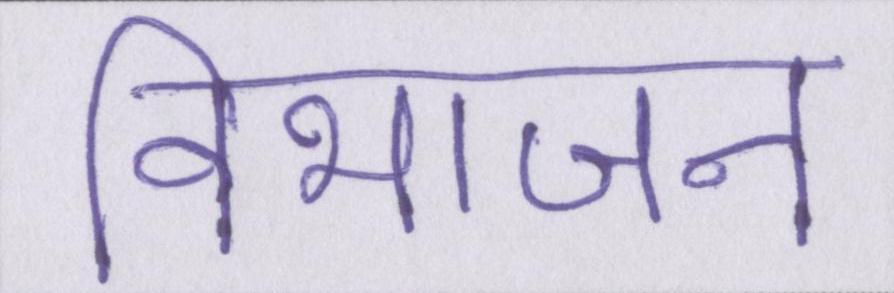
विभाजन